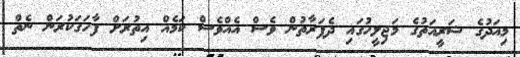
މިއަދުގެ ޝަރީއަތުގެ މަޖިލީހުގައި ދެފަރާތުން ވެސް އެއްވެސް ކަމެއް އިތުރަށް ފާހަގަކުރަން ނެތް